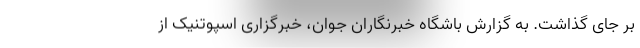
بر جای گذاشت. به گزارش باشگاه خبرنگاران جوان، خبرگزاری اسپوتنیک از